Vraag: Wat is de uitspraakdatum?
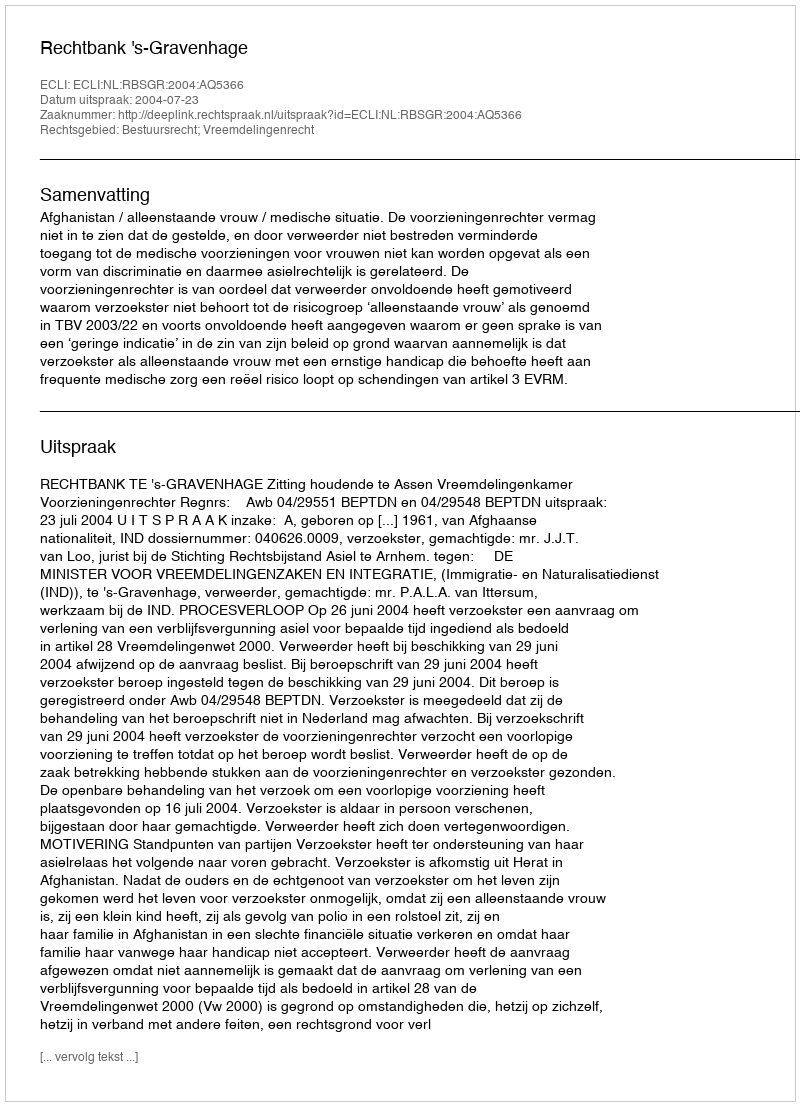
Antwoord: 2004-07-23